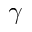
\gamma